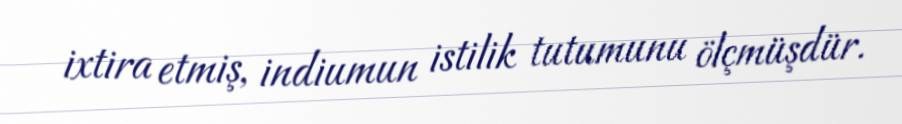
ixtira etmiş, indiumun istilik tutumunu ölçmüşdür.